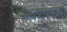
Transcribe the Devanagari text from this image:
समर्पणमयी